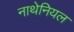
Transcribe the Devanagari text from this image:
नाथेनियल